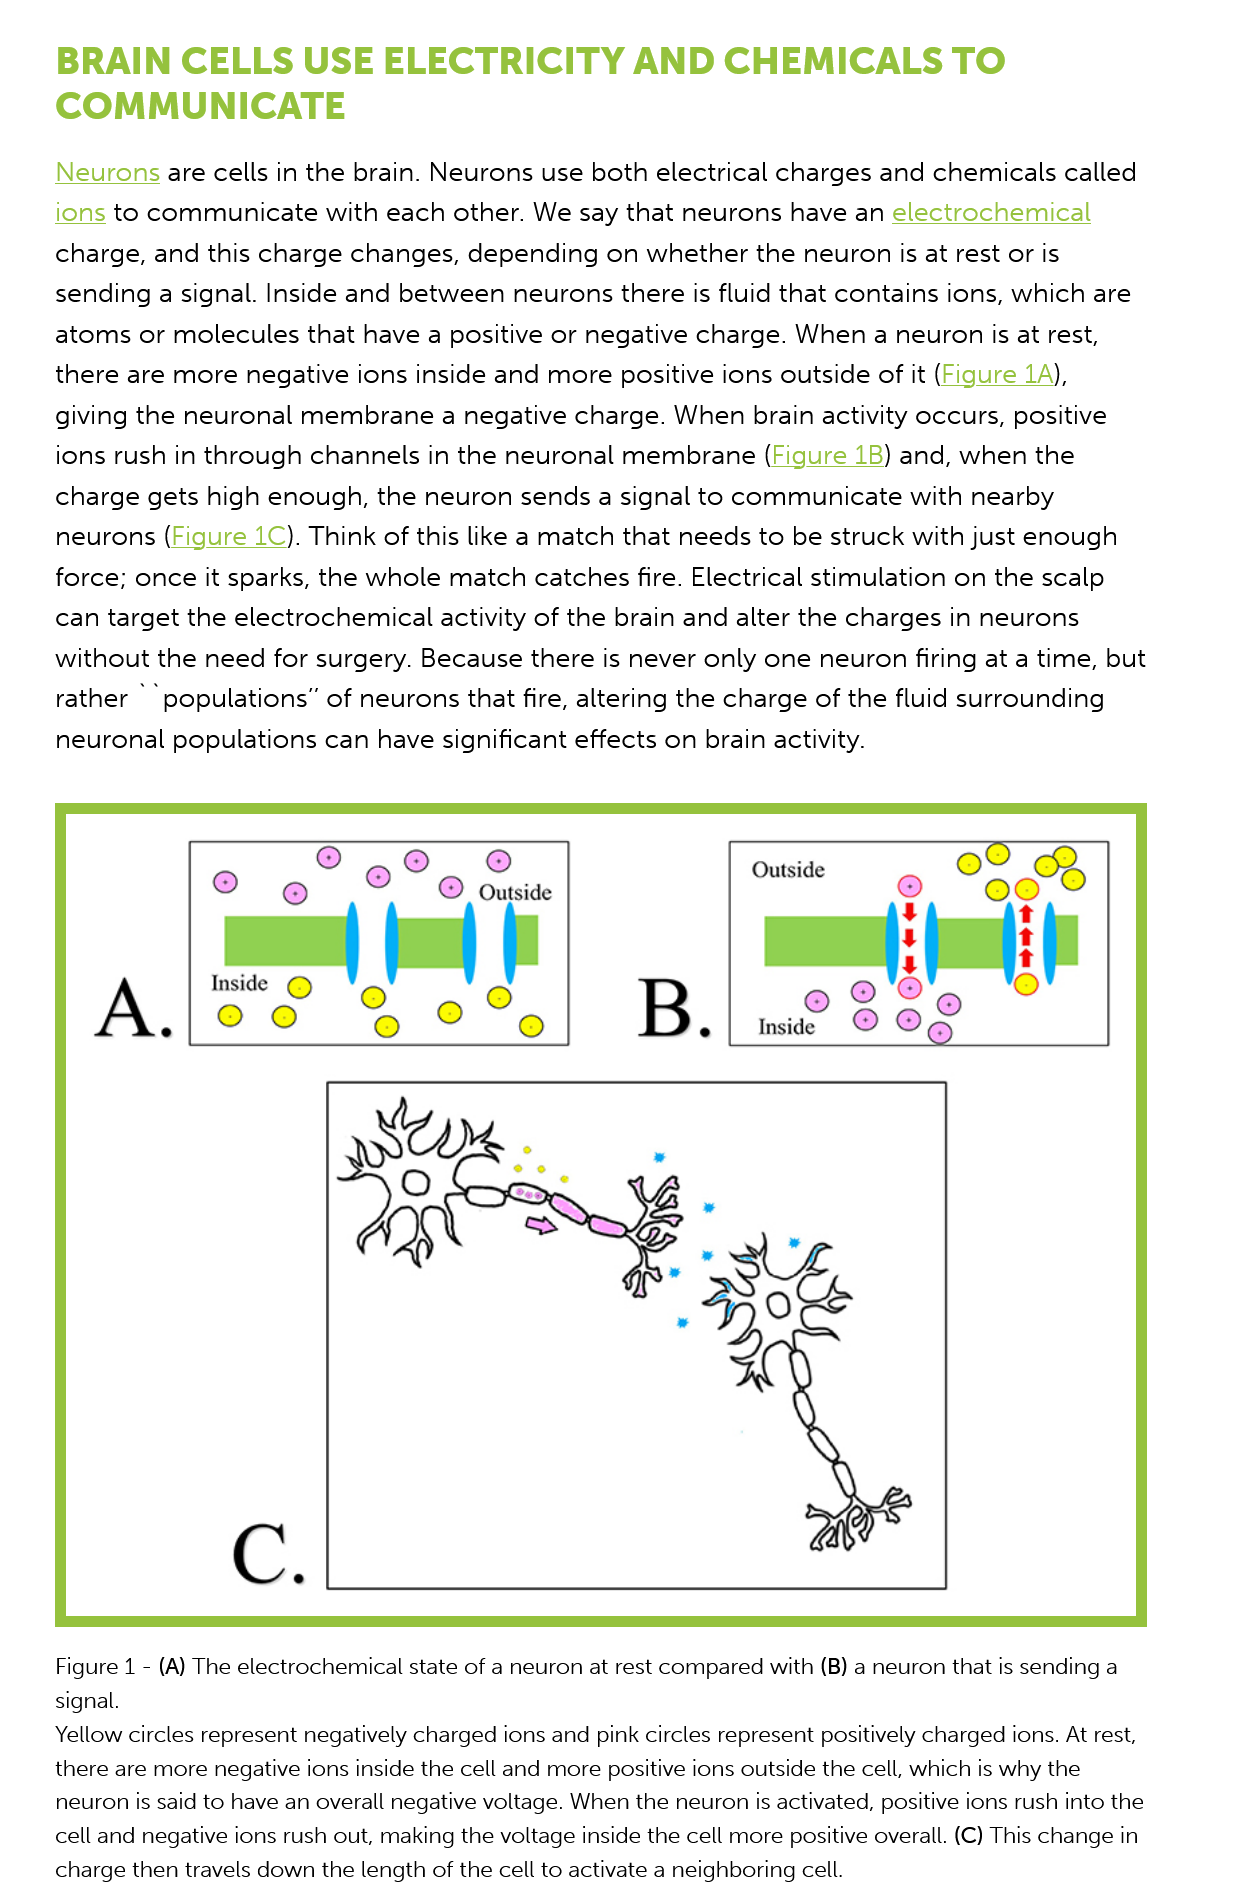
BRAIN    CELLS    USE    ELECTRICITY    AND    CHEMICALS    TO
     COMMUNICATE
     Neurons are  cells in the brain. Neurons  use  both electrical charges  and  chemicals  called
     ions  to communicate    with  each other. We   say that neurons  have  an electrochemical
     charge,  and  this charge changes,   depending   on whether   the neuron is  at rest or is
     sending   a signal. Inside and between   neurons there is  fluid that contains ions, which  are
     atoms   or molecules   that have a positive or negative  charge.  When  a neuron is  at rest,
     there  are more  negative  ions inside and  more positive  ions outside  of it (Figure 1A),
     giving the  neuronal  membrane    a negative  charge.  When brain   activity occurs, positive
     ions rush in through  channels  in the neuronal  membrane   (Figure   1B) and, when   the

     charge   gets high enough,  the  neuron  sends a  signal to communicate    with nearby
     neurons (Figure  1C). Think of this like a match that needs  to be  struck with just enough

     force; once it  sparks, the whole  match   catches fire. Electrical stimulation on the scalp
     can  target the electrochemical  activity  of the brain and alter the charges  in neurons
     without  the  need  for surgery. Because  there  is never only one  neuron firing at a time, but
     rather populations”    of neurons that fire, altering the charge  of the fluid surrounding
     neuronal populations   can  have significant effects on  brain activity.
     ®    @    ®
     ©    ©   Outside

     Figure 1
     -
     (A) The electrochemical state of a neuron at rest compared with (B) a neuron that is sending a
     signal.
     Yellow circles represent negatively charged ions and pink circles represent positively charged ions. At rest,
     there are more negative ions inside the cell and more positive ions outside the cell, which is why the
     neuron is said to have an overall negative voltage. When the neuron is activated, positive ions rush into the
     cell and negative ions rush out, making the voltage inside the cell more positive overall. (C) This change in
     charge then travels down the length of the cell to activate a neighboring cell.